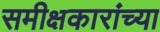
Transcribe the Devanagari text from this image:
समीक्षकारांच्या